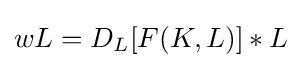
wL=D_{L}[F(K,L)]*L